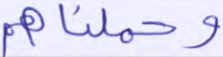
وحملناهم